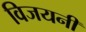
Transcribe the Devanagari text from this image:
विजयनी